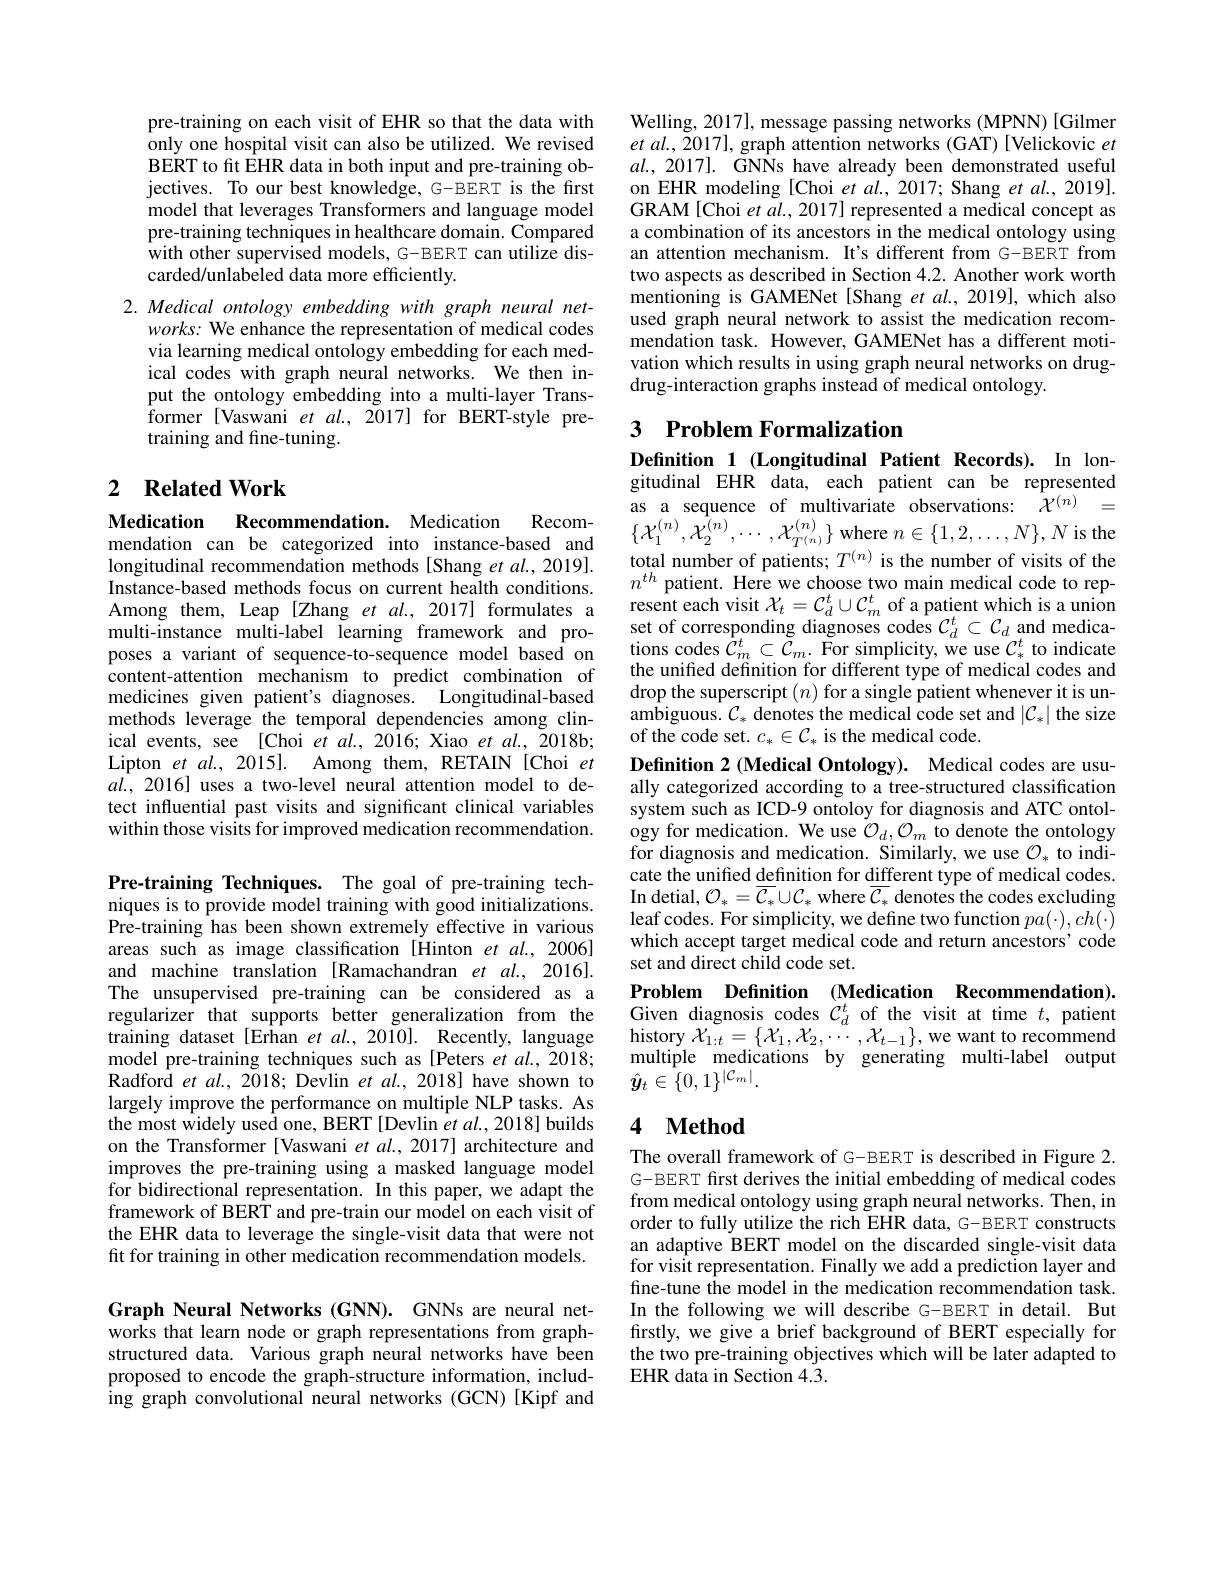
pre-training on each visit of EHR so that the data with only one hospital visit can also be utilized. We revised BERT to fit EHR data in both input and pre-training objectives. To our best knowledge, G-BERT is the first model that leverages Transformers and language model pre-training techniques in healthcare domain. Compared with other supervised models, G-BERT can utilize discarded/unlabeled data more efficiently.

2. Medical ontology embedding with graph neural net-
works: We enhance the representation of medical codes via learning medical ontology embedding for each medical codes with graph neural networks. We then input the ontology embedding into a multi-layer Transformer [Vaswani et al., 2017] for BERT-style pretraining and fine-tuning.

## 2 $\textbf{Related Work}$

$\mathbf{Medication}$
Recommendation. Medication
mendation can be categorized into instance-based and longitudinal recommendation methods[Shang et al., 2019]. Instance-based methods focus on current health conditions. Among them, Leap [Zhang et al.,2017] formulates a multi-instance multi-label learning framework and proposes a variant of sequence-to-sequence model based on content-attention mechanism to predict combination of medicines given patient's diagnoses. Longitudinal-based methods leverage the temporal dependencies among clinical events, see [Choi et al., 2016; Xiao et al., 2018b; Lipton et $al. , 2015] .$ Among them, RETAIN[Choi et $al.,2016]$ uses a two-level neural attention model to detect influential past visits and significant clinical variables within those visits for improved medication recommendation.

Pre-training Techniques. The goal of pre-training techniques is to provide model training with good initializations. Pre-training has been shown extremely effective in various areas such as image classification [Hinton et al.,2006] and machine translation [Ramachandran et al., 2016]. The unsupervised pre-training can be considered as a regularizer that supports better generalization from the training dataset [Erhan et al., 2010]. Recently, language model pre-training techniques such as [Peters et al., 2018; $\tilde{\text{Radford }et}al.,\tilde{20}18;\tilde{\text{Devlin et al.,2018] have shown to}}$ largely improve the performance on multiple NLP tasks. As the most widely used one, BERT[Devlin $\hat etal.,2018]$ builds on the Transformer [Vaswani et al., 2017] architecture and improves the pre-training using a masked language model for bidirectional representation. In this paper, we adapt the framework of BERT and pre-train our model on each visit of the EHR data to leverage the single-visit data that were not fit for training in other medication recommendation models.

Graph Neural Networks (GNN). GNNs are neural networks that learn node or graph representations from graphstructured data. Various graph neural networks have been proposed to encode the graph-structure information, including graph convolutional neural networks (GCN)[Kipf and

Welling, 2017], message passing networks (MPNN) [Gilmer $etal.,2017]$, graph attention networks (GAT)[Velickovic et $al. , 2017] .$ GNNs have already been demonstrated useful on EHR modeling [Choi $etal.,2017;$ Shang et $al.,2019].$ GRAM[Choi et al., 2017] represented a medical concept as a combination of its ancestors in the medical ontology using an attention mechanism. It's different from G-BERT from two aspects as described in Section 4.2. Another work worth mentioning is GAMENet [Shang et al., 2019], which also used graph neural network to assist the medication recommendation task. However, GAMENet has a different motivation which results in using graph neural networks on drugdrug-interaction graphs instead of medical ontology.

## 3 $\textbf{Problem Formalization}$

Definition 1 (Longitudinal Patient Records). In longitudinal EHR data, each patient can be represented
$\begin{array}{rl}{{\mathrm{as~a~sequence~of~multivariate~observations:~}}}&{{\hat{\mathcal{X}}^{(n)}}}&{{=}}\\{{\mathrm{sed~and~}}}&{{\{\mathcal{X}_{1}^{(n)},\mathcal{X}_{2}^{(n)},\cdots,\mathcal{X}_{T^{(n)}}^{(n)}\}\mathrm{~where~}n\in\{1,2,\ldots,N\},N\mathrm{~is~the}}\end{array}}\\$
total number of patients; $T^{(n)}$ is the number of visits of the $n^{th}$ patient. Here we choose two main medical code to represent each visit $\mathcal{X}_t=\mathcal{C}_d^t\cup\mathcal{C}_m^t$ of a patient which is a union set of corresponding diagnoses codes $\mathcal{C}_d^t\subset\mathcal{C}_d$ and medications codes $\hat{C}_m^t\subset\tilde{C}_m.$ For simplicity, we use $\mathcal{C}_*^t$ to indicate the unified definition for different type of medical codes and drop the superscript $(n)$ for a single patient whenever it is unambiguous. $\mathcal{C}_*$ denotes the medical code set and $|\mathcal{C}_*|$ the size of the code set. $c_*\in\mathcal{C}_*$ is the medical code.
Definition 2 (Medical Ontology). Medical codes are usually categorized according to a tree-structured classification system such as ICD-9 ontoloy for diagnosis and ATC ontology for medication. We use $\mathcal{O}_d,\mathcal{O}_m$ to denote the ontology for diagnosis and medication. Similarly, we use $\mathcal{O}_*$ to indicate the unified $\underline{\text{definition for different type of medical codes.}}$ In detial, $\mathcal{O}_*=\overline{\mathcal{C}}_*\cup\mathcal{C}_*$ where $\overline{\mathcal{C}}_*$ denotes the codes excluding leaf codes. For simplicity, we define two function $pa(\cdot),ch(\cdot)$ which accept target medical code and return ancestors' code set and direct child code set.
Problem Definition (Medication Recommendation).

Given diagnosis codes $\dot{C}_d^t$ of the visit at time $t$, patient $\mathop{\mathrm{history~}}\mathcal{X}_{1:t}=\{\mathcal{X}_{1},\mathcal{X}_{2},\cdots,\mathcal{X}_{t-1}\}$,we want to recommend multiple medications by generating multi-label output $\hat{\boldsymbol{y}}_{t}\in\tilde{\{}0,1\}^{|\mathcal{C}_{m}|}.$

### 4 $\mathbf{Method}$

The overall framework of G-BERT is described in Figure 2. G-BERT first derives the initial embedding of medical codes from medical ontology using graph neural networks. Then, in order to fully utilize the rich EHR data, G-BERT constructs an adaptive BERT model on the discarded single-visit data for visit representation. Finally we add a prediction layer and fine-tune the model in the medication recommendation task. In the following we will describe G-BERT in detail. But firstly, we give a brief background of BERT especially for the two pre-training objectives which will be later adapted to EHR data in Section 4.3.